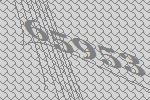
65953